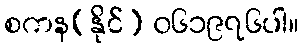
စကန(နိုင်) ၀၆၁၉၇၆ပါ။